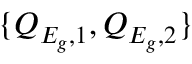
\{ Q _ { E _ { g } , 1 } , Q _ { E _ { g } , 2 } \}